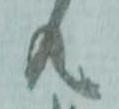
共